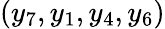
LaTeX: (y_{7},y_{1},y_{4},y_{6})